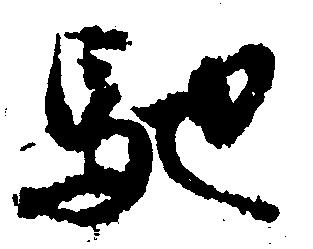
馳